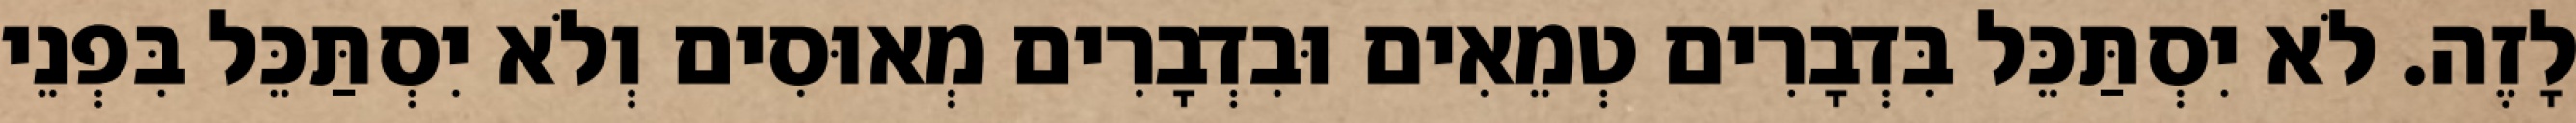
לָזֶה. לֹא יִסְתַּכֵּל בִּדְבָרִים טְמֵאִים וּבִדְבָרִים מְאוּסִים וְלֹא יִסְתַּכֵּל בִּפְנֵי